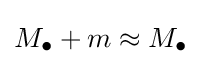
M_{\bullet }+m\approx M_{\bullet }